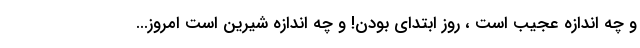
و چه اندازه عجیب است ، روز ابتدای بودن! و چه اندازه شیرین است امروز...